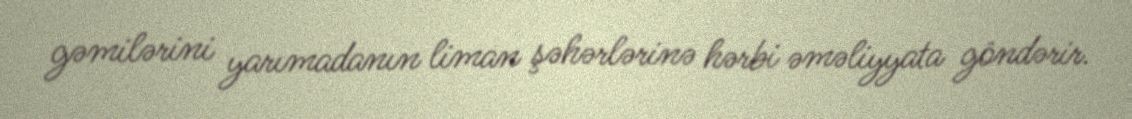
gəmilərini yarımadanın liman şəhərlərinə hərbi əməliyyata göndərir.